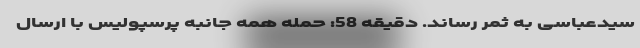
سیدعباسی به ثمر رساند. دقیقه 58: حمله همه جانبه پرسپولیس با ارسال